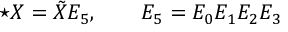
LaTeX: \star X = \tilde { X } E _ { 5 } , \qquad E _ { 5 } = E _ { 0 } E _ { 1 } E _ { 2 } E _ { 3 }